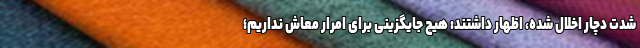
شدت دچار اخلال شده، اظهار داشتند: هیچ جایگزینی برای امرار معاش نداریم؛